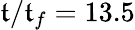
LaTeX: \mathfrak{t}/\mathfrak{t}_{f}=13.5